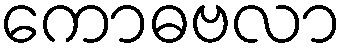
ကောဓဗလာ